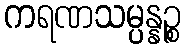
ကရဏသမ္ပန္နဉ္စ